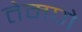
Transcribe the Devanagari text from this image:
तेमणे